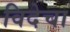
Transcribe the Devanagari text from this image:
विदेचा